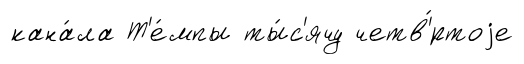
кана́ла Т'е́мпы ты́с'ячу четв'́ртоjе